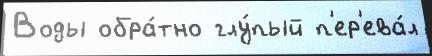
Воды обра́тно глу́пый п'ер'ева́л